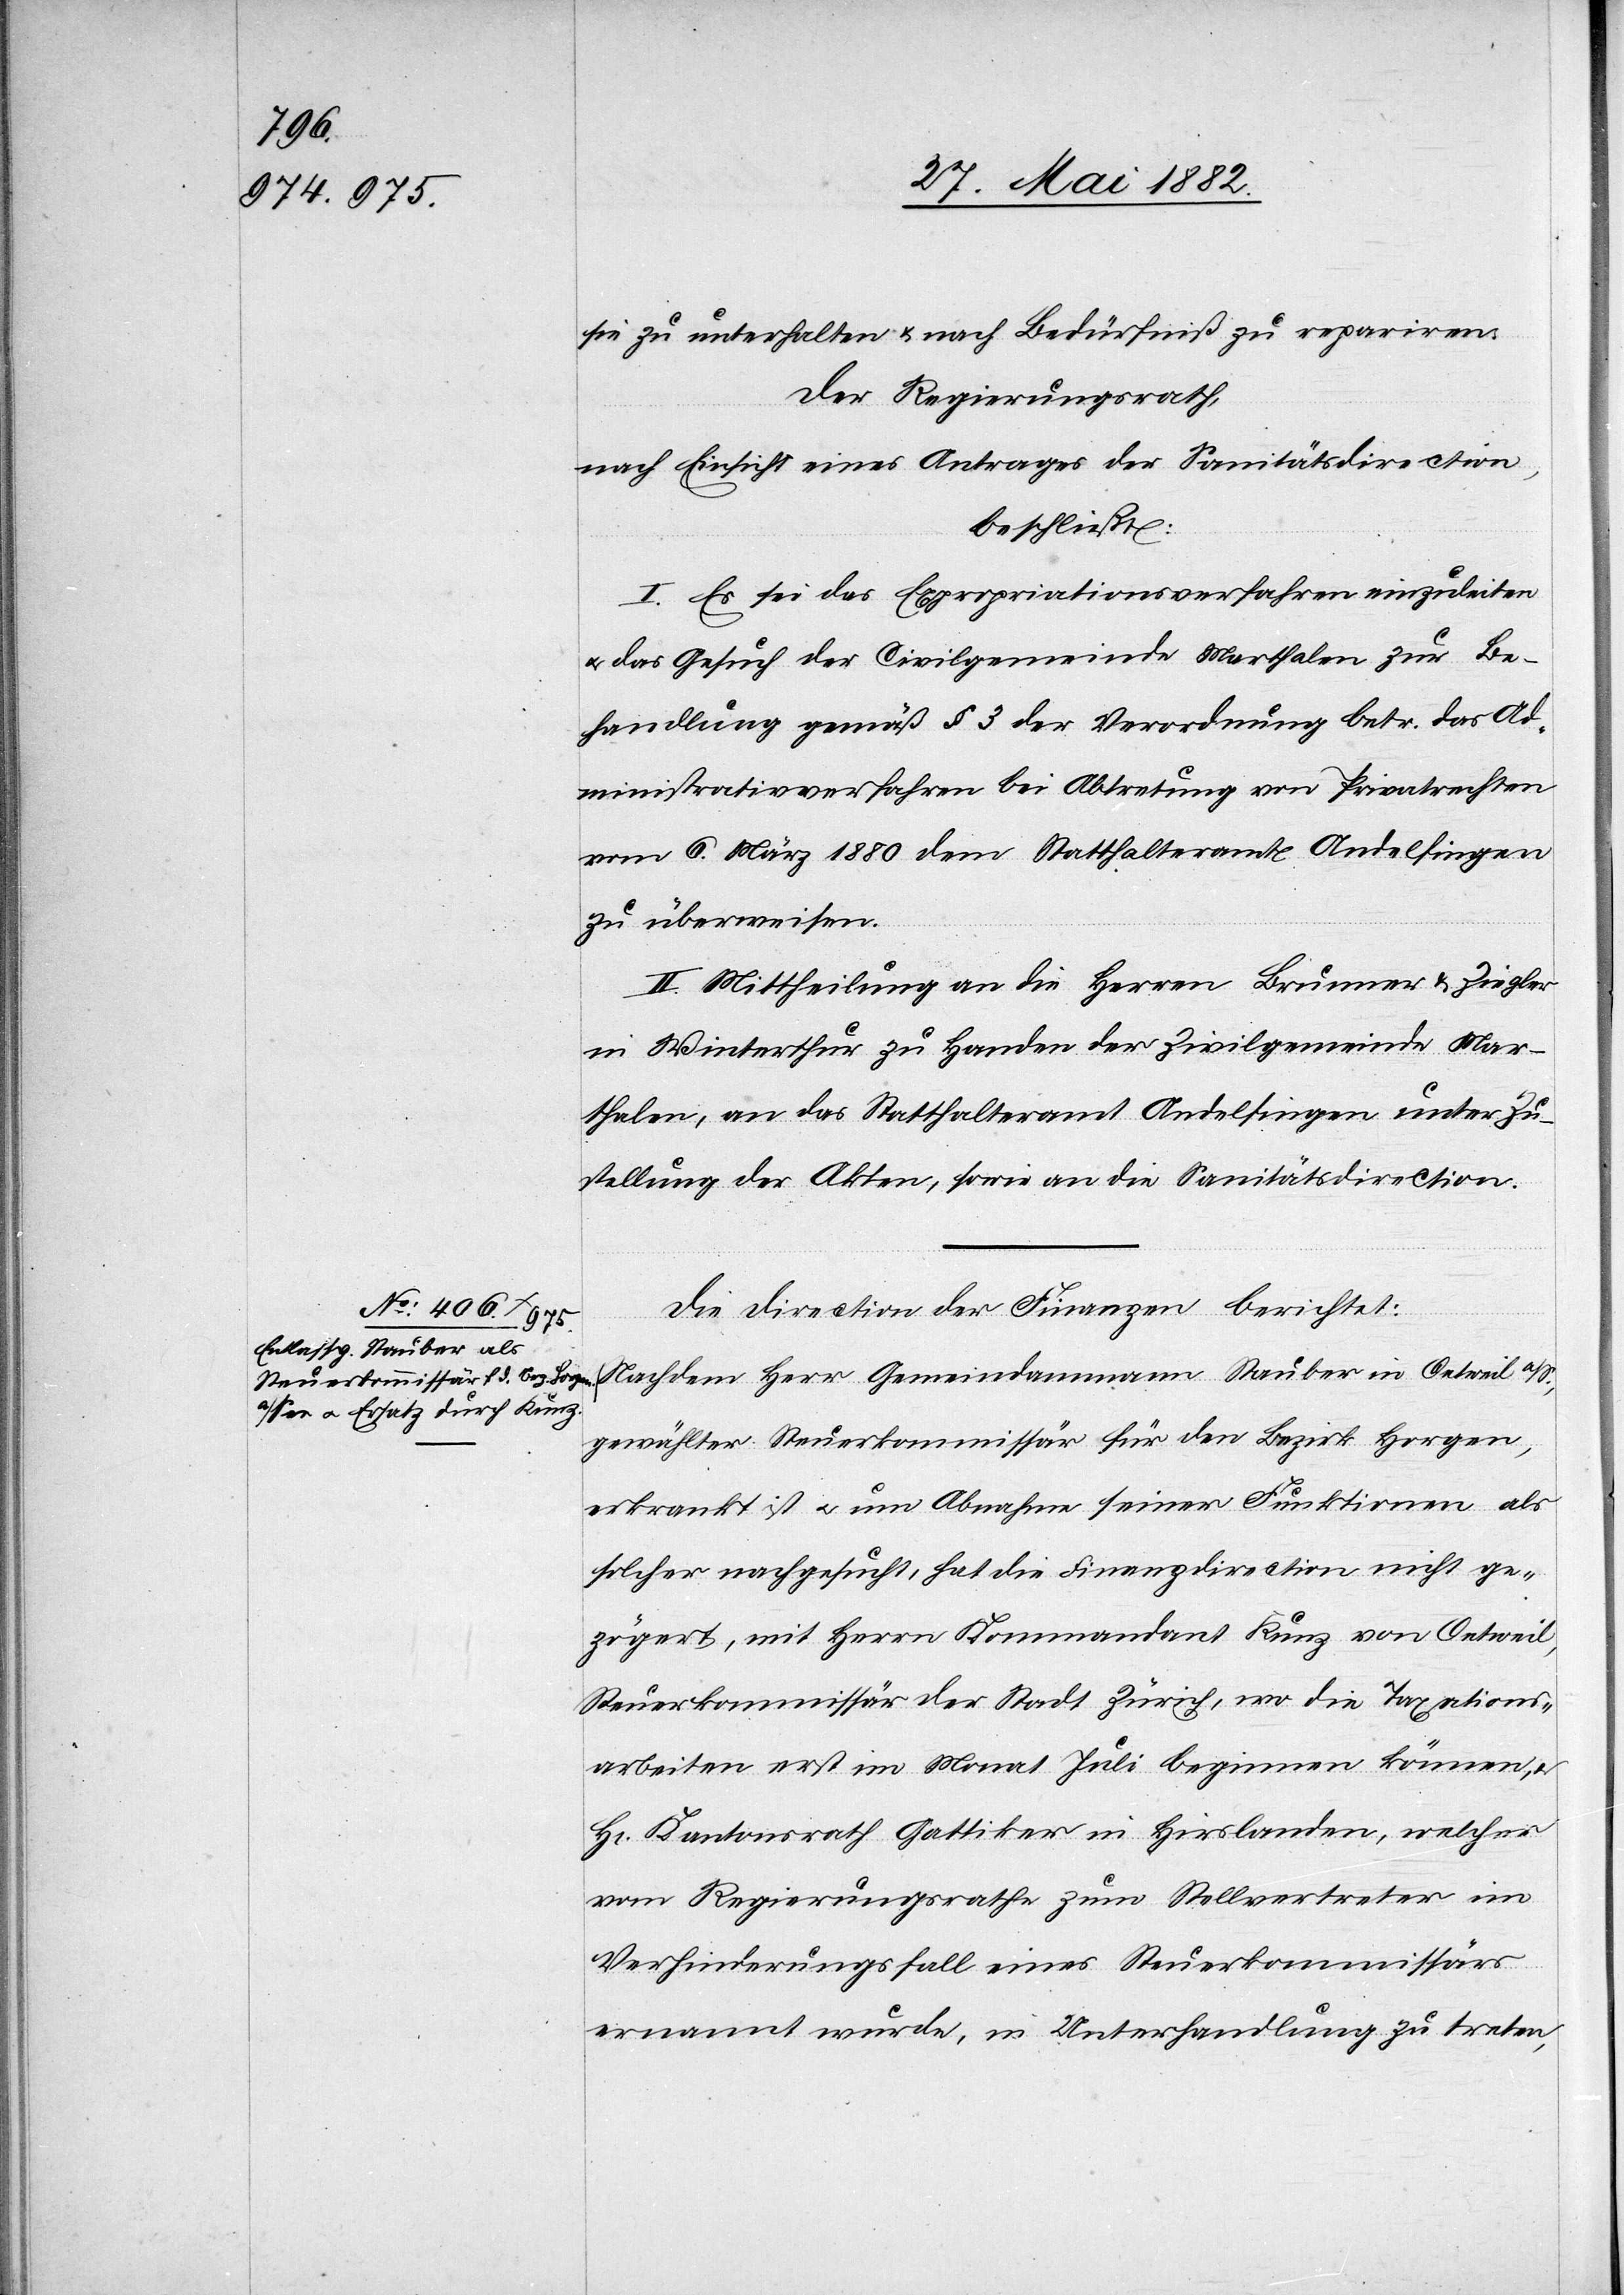
sie zu unterhalten & nach Bedürfniß zu repariren.
Der Regierungsrath,
nach Einsicht eines Antrages der Sanitätsdirection,
beschließt:
I. Es sei das Expropriationsverfahren einzuleiten
u. das Gesuch der Civilgemeinde Marthalen zu Be¬
handlung gemäß § 3 der Verordnung betr. das Ad¬
ministrativverfahren bei Abtretung von Privatrechten
vom 6. März 1880 dem Statthalteramte Andelfingen
zu überweisen.
II. Mittheilung an die Herren Brunner & Ziegler
in Winterthur zu Handen der Zivilgemeinde Mar¬
thalen, an das Statthalteramt Andelfingen unter Zu¬
stellung der Akten, sowie an die Sanitätsdirection.
Die Direction der Finanzen berichtet:
Nachdem Herr Gemeindeammann Stauber in Oetweil a/S.,
gewählter Steuerkommissär für den Bezirk Horgen,
erkrankt ist u. um Abnahme seiner Funktionen als
solcher nachgesucht, hat die Finanzdirection nicht ge¬
zögert, mit Herrn Kommandant Kunz von Oetweil,
Steuerkommissär der Stadt Zürich, wo die Taxations¬
arbeiten erst im Monat Juli beginnen können,
H[rn]. Kantonsrath Gattiker in Hirslanden, welcher
vom Regierungsrathe zum Stellvertreter im
Verhinderungsfall eines Steuerkommissärs
ernannt wurde, in Unterhandlungen zu treten,